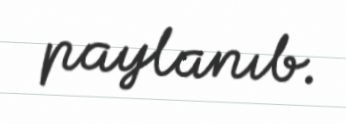
paylanıb.